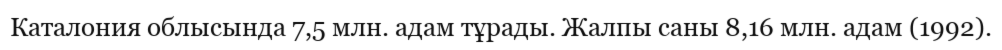
Каталония облысында 7,5 млн. адам тұрады. Жалпы саны 8,16 млн. адам (1992).